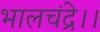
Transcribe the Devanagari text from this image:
भालचंद्रे।।